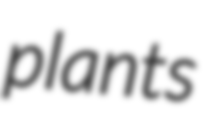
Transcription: plants